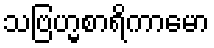
သဗြဟ္မစာရိကာမော